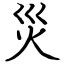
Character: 災